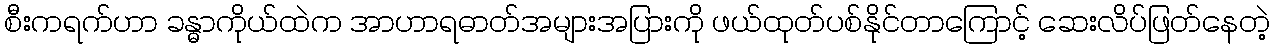
စီးကရက်ဟာ ခန္ဓာကိုယ်ထဲက အာဟာရဓာတ်အများအပြားကို ဖယ်ထုတ်ပစ်နိုင်တာကြောင့် ဆေးလိပ်ဖြတ်နေတဲ့